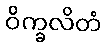
ဝိက္ခလိတံ